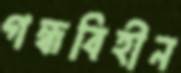
গন্ধবিহীন